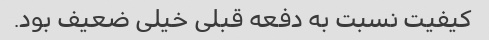
کیفیت نسبت به دفعه قبلی خیلی ضعیف بود.